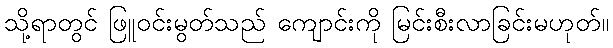
သို့ရာတွင် ဖြူဝင်းမွတ်သည် ကျောင်းကို မြင်းစီးလာခြင်းမဟုတ်။